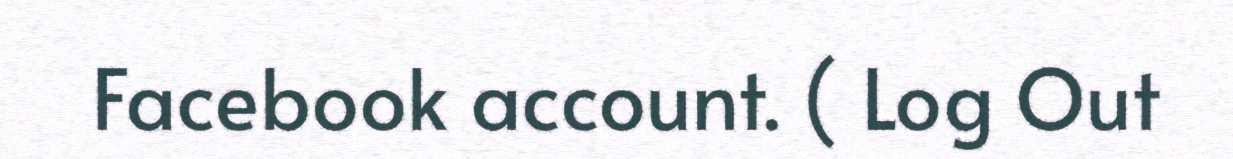
Facebook account. ( Log Out